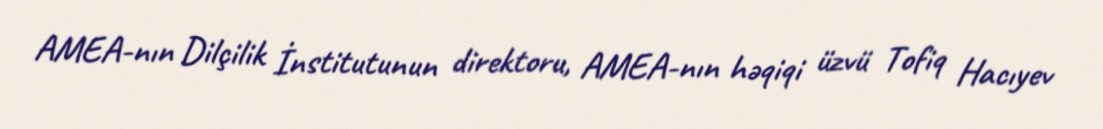
AMEA-nın Dilçilik İnstitutunun direktoru, AMEA-nın həqiqi üzvü Tofiq Hacıyev